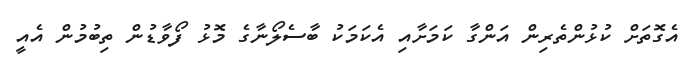
އެގޮތަށް ކުޅުންތެރިން އަންގާ ކަމަށާއި އެކަމަކު ބާސެލޯނާގެ މޮޅު ފޯވާޑުން ތިބުމުން އެއީ